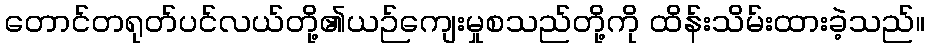
တောင်တရုတ်ပင်လယ်တို့၏ယဉ်ကျေးမှုစသည်တို့ကို ထိန်းသိမ်းထားခဲ့သည်။